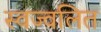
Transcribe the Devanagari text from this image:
स्वज्वलित